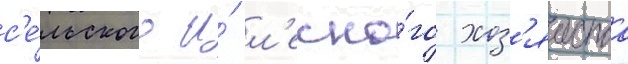
с'е́льского и́ л'есно́го хоз'яиства